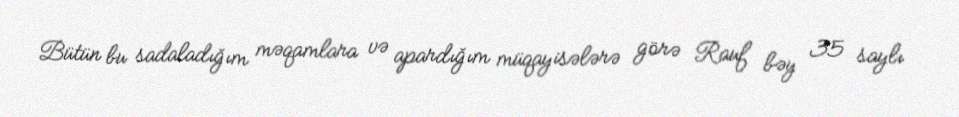
Bütün bu sadaladığım məqamlara və apardığım müqayisələrə görə Rauf bəy 35 saylı